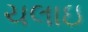
ચલાઇ